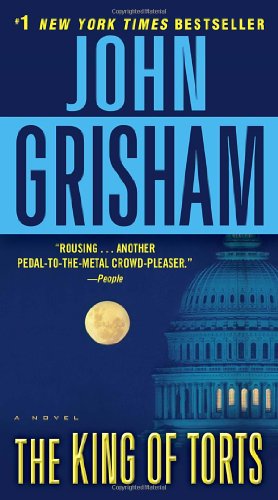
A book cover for The King of Torts: A Novel; John Grisham; Mystery, Thriller & Suspense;